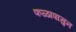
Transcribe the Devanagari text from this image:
फळापासुन